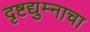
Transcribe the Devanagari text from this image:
दृष्टद्युम्नाचा